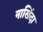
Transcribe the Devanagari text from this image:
नाखिंदा